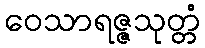
ဝေသာရဇ္ဇသုတ္တံ